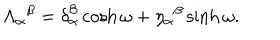
LaTeX: \Lambda _ { \alpha } { } ^ { \beta } = \delta _ { \alpha } ^ { \beta } \cosh \omega + \eta _ { \alpha } { } ^ { \beta } \sinh \omega .